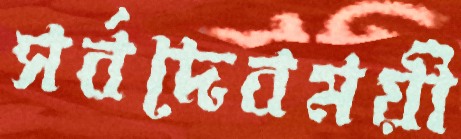
সর্বদেবময়ী